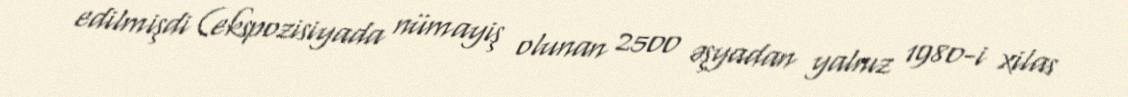
edilmişdi (ekspozisiyada nümayiş olunan 2500 əşyadan yalnız 1980-i xilas